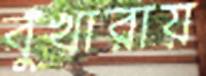
বুখারায়